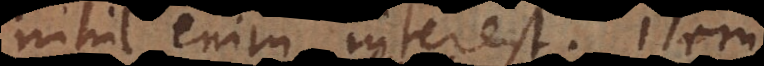
nihil enim interest. Item